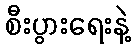
စီးပွားရေးနဲ့